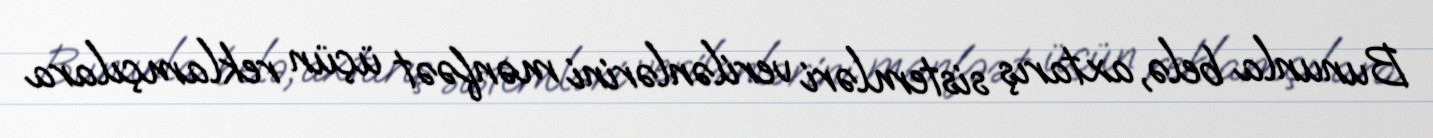
Bununla belə, axtarış sistemləri verilənlərini mənfəət üçün reklamçılara